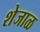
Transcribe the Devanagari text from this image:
शेजाळ